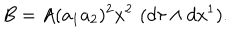
B = A ( a _ { 1 } a _ { 2 } ) ^ { 2 } x ^ { 2 } \, \, ( d \tau \wedge d x ^ { 1 } ) .